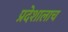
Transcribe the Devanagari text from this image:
प्रदेशालाच